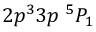
{ 2 p ^ { 3 } 3 p ~ ^ { 5 } P _ { 1 } }